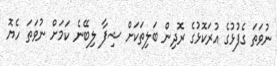
ނުވަތަ ގެފުޅުގެ އުރަކޮޅުގެ ރޮދިން ބަލިތަކަށް ޝިފާ ލިބޭނެ ކަމަށް ނުވަތަ ހެޔޮ